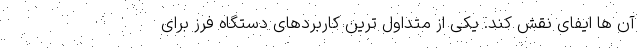
آن ها ایفای نقش کند. یکی از متداول ترین کاربردهای دستگاه فرز برای